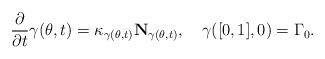
LaTeX: \begin{align*} \frac{\partial}{\partial t}\gamma(\theta,t)= \kappa_{\gamma(\theta,t)}\mathbf{N}_{\gamma(\theta,t)},\,\,\,\,\,\,\gamma([0,1], 0) = \Gamma_0. \end{align*}